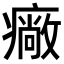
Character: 𤺲